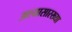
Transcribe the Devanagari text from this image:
अश्यासारख्या